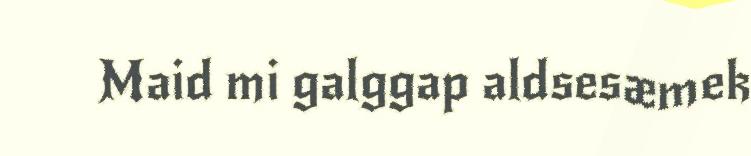
Maid mi galggap aldsesæmek